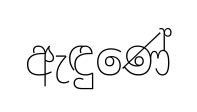
ඇඳුණේ